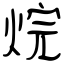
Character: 烷